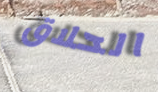
الحلاق